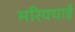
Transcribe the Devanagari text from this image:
मरियथाई